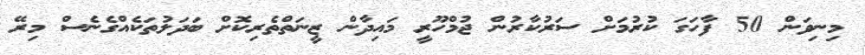
މިނިވަން 50 ފާހަގަ ކުރުމަށް ސަރުކާރުން ޖުމްހޫރީ މައިދާން ޒީނަތްތެރިކޮށް ބަދަލުތަކެއްގެނެސް މިރޭ